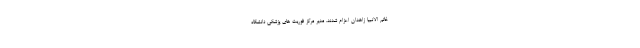
خاتم الانبیا زاهدان اعزام شدند. مدیر مرکز فوریت های پزشکی دانشگاه